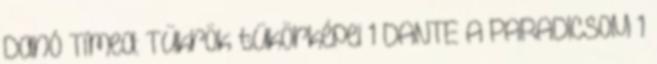
Danó Tímea: Tükrök tükörképei 1 DANTE A PARADICSOM 1